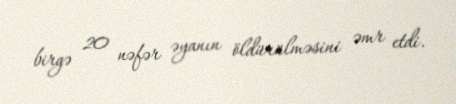
birgə 20 nəfər əyanın öldürülməsini əmr etdi.